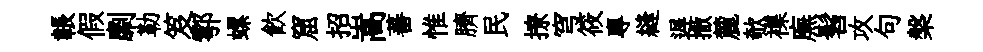
韔假劘勒笈鄠螺飲窟招嵩蕃惟臍民撩穹筱專縫遅撒麓欹襍廡髫攻句槃